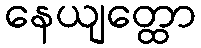
နေယျတ္ထော